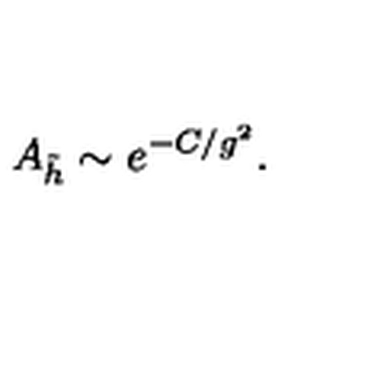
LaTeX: A _ { \tilde { h } } \sim e ^ { - C / g ^ { 2 } } .